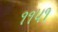
૧૧૫૧